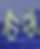
বাক